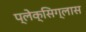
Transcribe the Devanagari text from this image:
प्लेक्सिग्लास